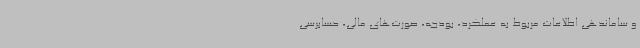
و ساماندهی اطلاعات مربوط به عملکرد، بودجه، صورت‌های مالی، حسابرسی